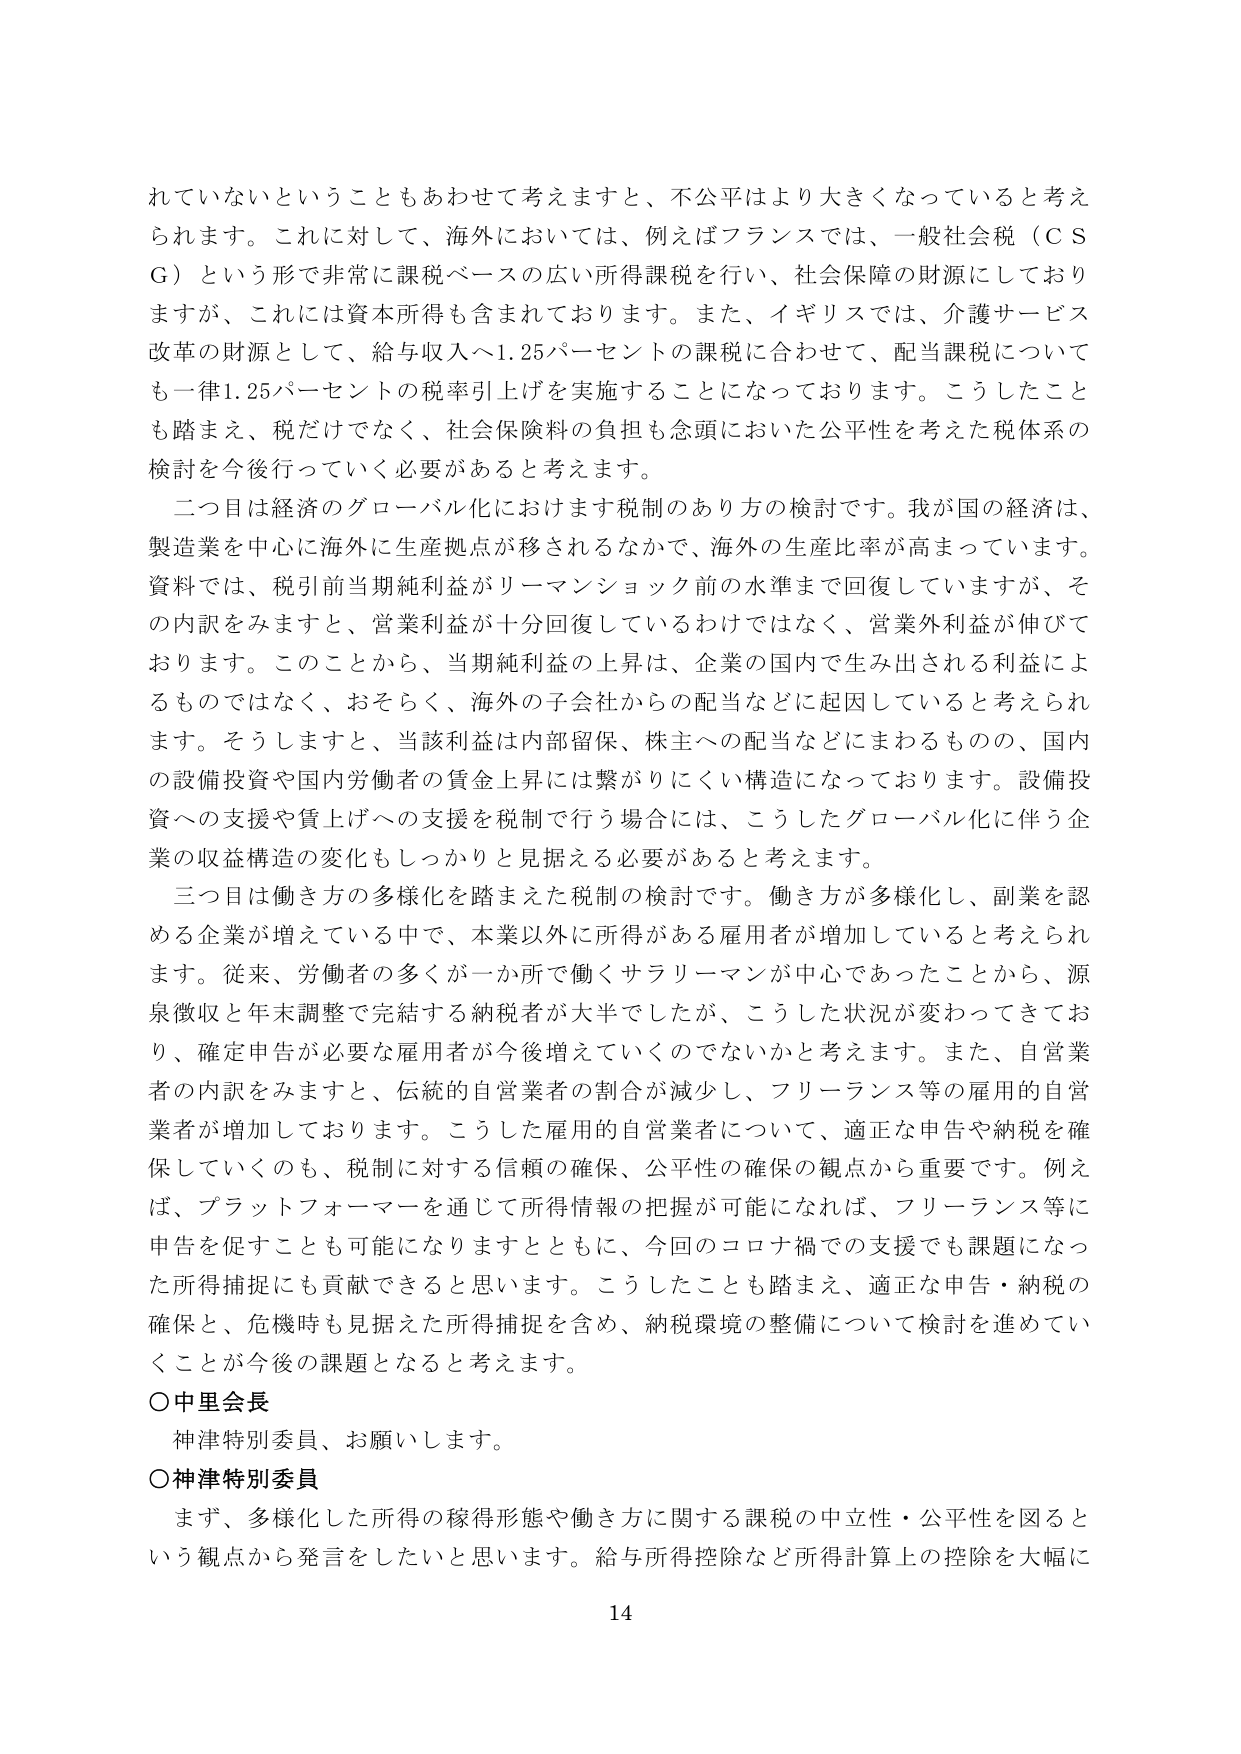
れていないということもあわせて考えますと、不公平はより大きくなっていると考えられます。これに対して、海外においては、例えばフランスでは、一般社会税（ＣＳＧ）という形で非常に課税ベースの広い所得課税を行い、社会保障の財源にしておりますが、これには資本所得も含まれております。また、イギリスでは、介護サービス改革の財源として、給与収入へ1.25パーセントの課税に合わせて、配当課税についても一律1.25パーセントの税率引き上げを実施することになっております。こうしたことも踏まえ、税だけでなく、社会保険料の負担も念頭においた公平性を考えた税体系の検討を今後行っていく必要があると考えます。

二つ目は経済のグローバル化におけます税制のあり方の検討です。我が国の経済は、製造業を中心に海外に生産拠点が移されるなかで、海外の生産比率が高まっています。資料では、税引前当期純利益がリーマンショック前の水準まで回復していますが、その内訳をみますと、営業利益が十分回復しているわけではなく、営業外利益が伸びております。このことから、当期純利益の上昇は、企業の国内で生み出される利益によるものではなく、おそらく、海外の子会社からの配当などに起因していると考えられます。そうしますと、当該利益は内部留保、株主への配当などにまわるものので、国内の設備投資や国内労働者の賃金上昇には繋がりにくい構造になっております。設備投資への支援や賃上げへの支援を税制で行う場合には、こうしたグローバル化に伴う企業の収益構造の変化もしっかりと見据える必要があると考えます。

三つ目は働き方の多様化を踏まえた税制の検討です。働き方が多様化し、副業を認める企業が増えている中で、本業以外に所得がある雇用者が増加していると考えられます。従来、労働者の多くが一か所で働くサラリーマンが中心であったことから、源泉徴収と年末調整で完結する納税者が大半でしたが、こうした状況が変わってきており、確定申告が必要な雇用者が今後増えていくのではないかと考えます。また、自営業者の内訳をみますと、伝統的自営業者の割合が減少し、フリーランス等の雇用的自営業者が増加しております。こうした雇用的自営業者について、適正な申告や納税を確保していくのも、税制に対する信頼の確保、公平性の確保の観点から重要です。例えば、プラットフォーマーを通じて所得情報の把握が可能になれば、フリーランス等に申告を促すことも可能になりますとともに、今回のコロナ禍での支援でも課題になった所得捕捉にも貢献できると思います。こうしたことも踏まえ、適正な申告・納税の確保と、危機時も見据えた所得捕捉を含め、納税環境の整備について検討を進めていくことが今後の課題となると考えます。

○中里会長
神津特別委員、お願いします。

○神津特別委員
まず、多様化した所得の稼得形態や働き方に関する課税の中立性・公平性を図るという観点から発言をしたいと思います。給与所得控除など所得計算上の控除を大幅に

14